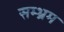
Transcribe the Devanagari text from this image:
सम्‍भ्रम